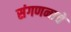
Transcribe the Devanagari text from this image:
संगणनाचे